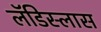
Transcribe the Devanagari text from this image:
लॅडिस्लास